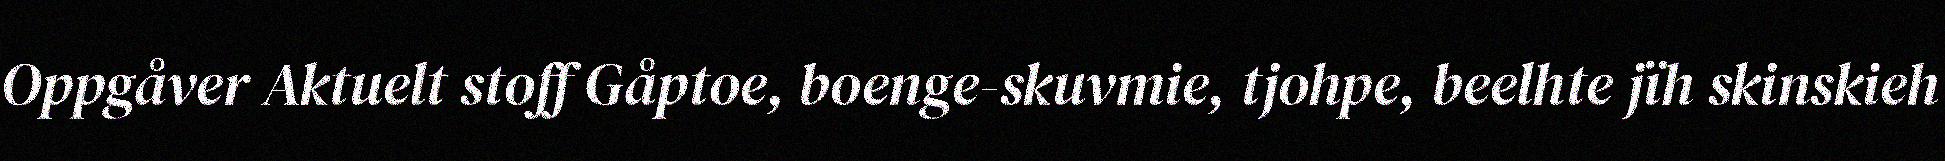
Oppgåver Aktuelt stoff Gåptoe, boenge-skuvmie, tjohpe, beelhte jïh skinskieh